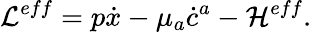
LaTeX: {\cal{L}}^{eff}=p\dot{x}-\mu_{a}\dot{c}^{a}-{\cal H}^{eff}.